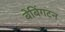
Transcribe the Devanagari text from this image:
बेबिंगटन